Vaccination in Bombay 1869-1873 - 1869-1873
Year: 1869
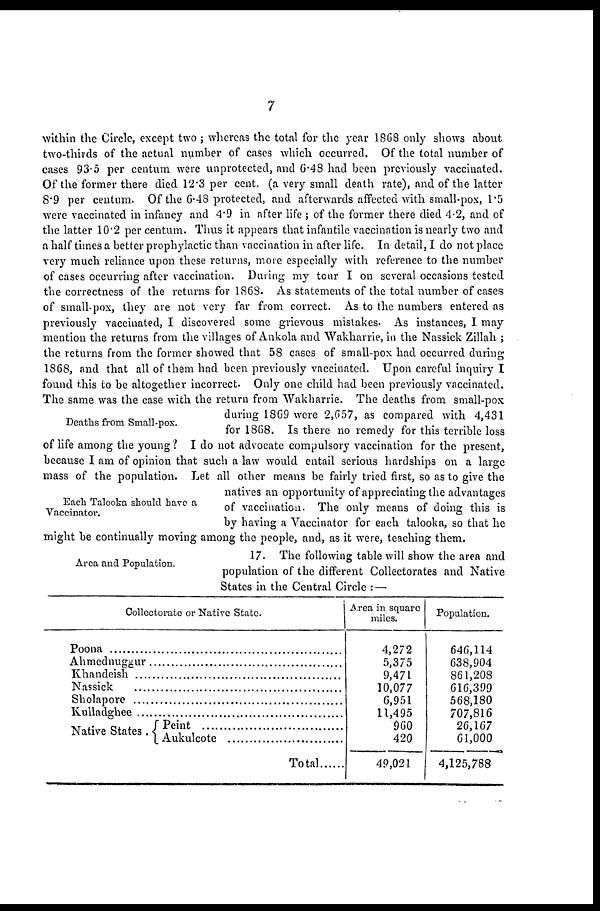
7
Deaths from Small-pox.
Each Talooka should have a
Vaccinator.
within the Circle, except two ; whereas the total for the year 1868 only shows about
two-thirds of the actual number of cases which occurred. Of the total number of
cases 93.5 per centum were unprotected, and 6.48 had been previously vaccinated.
Of the former there died 12.3 per cent. (a very small death rate), and of the latter
8.9 per centum. Of the 6.48 protected, and afterwards affected with small-pox, 1.5
were vaccinated in infancy and 4.9 in after life ; of the former there died 4.2, and of
the latter 10.2 per centum. Thus it appears that infantile vaccination is nearly two and
a half times a better prophylactic than vaccination in after life. In detail, I do not place
very much reliance upon these returns, more especially with reference to the number
of cases occurring after vaccination. During my tour I on several occasions tested
the correctness of the returns for 1868. As statements of the total number of cases
of small-pox, they are not very far from correct. As to the numbers entered as
previously vaccinated, I discovered some grievous mistakes. As instances, I may
mention the returns from the villages of Ankola and Wakharrie, in the Nassick Zillah ;
the returns from the former showed that 58 cases of small-pox had occurred during
1868, and that all of them had been previously vaccinated. Upon careful inquiry I
found this to be altogether incorrect. Only one child had been previously vaccinated.
The same was the case with the return from Wakharrie. The deaths from small-pox
during 1869 were 2,657, as compared with 4,431
for 1868. Is there no remedy for this terrible loss
of life among the young? I do not advocate compulsory vaccination for the present,
because I am of opinion that such a law would entail serious hardships on a large
mass of the population. Let all other means be fairly tried first, so as to give the
natives an opportunity of appreciating the advantages
of vaccination. The only means of doing this is
by having a Vaccinator for each talooka, so that he
might be continually moving among the people, and, as it were, teaching them.
Area and Population.
17. The following table will show the area and
population of the different Collectorates and Native
States in the Central Circle :—
Collectorate or Native State.
Poona..........................................................
Ahmednuggur
Khandeish
Nassick.....................................................
Sholapore..................................................
Kulladghee................................................
Native States. Peint.................................
Aukulcote
Total
Area in square
miles.
4,272
5,375
9,471
10,077
6,951
11,495
960
420
49,021
Population.
646,114
638,904
861,208
616,399
568,180
707,816
26,167
61,000
4,125,788